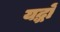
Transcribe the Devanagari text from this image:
यद्धों